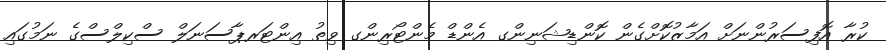
ކުރާ އޮފިސަރުންނަށް އަމާޒުކޮށްގެން ކޮންޑިޝަނިންގ އެންޑް މެންޓޯރިންގ ވިތު އިންޓަރޕާސަނަލް ސްކިލްސްގެ ނަމުގައި